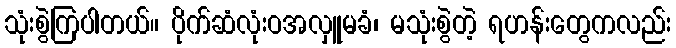
သုံးစွဲကြပါတယ်။ ပိုက်ဆံလုံးဝအလှူမခံ၊ မသုံးစွဲတဲ့ ရဟန်းတွေကလည်း